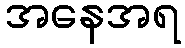
အနေအရ